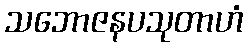
သဘောဇနပသုတာဟံ